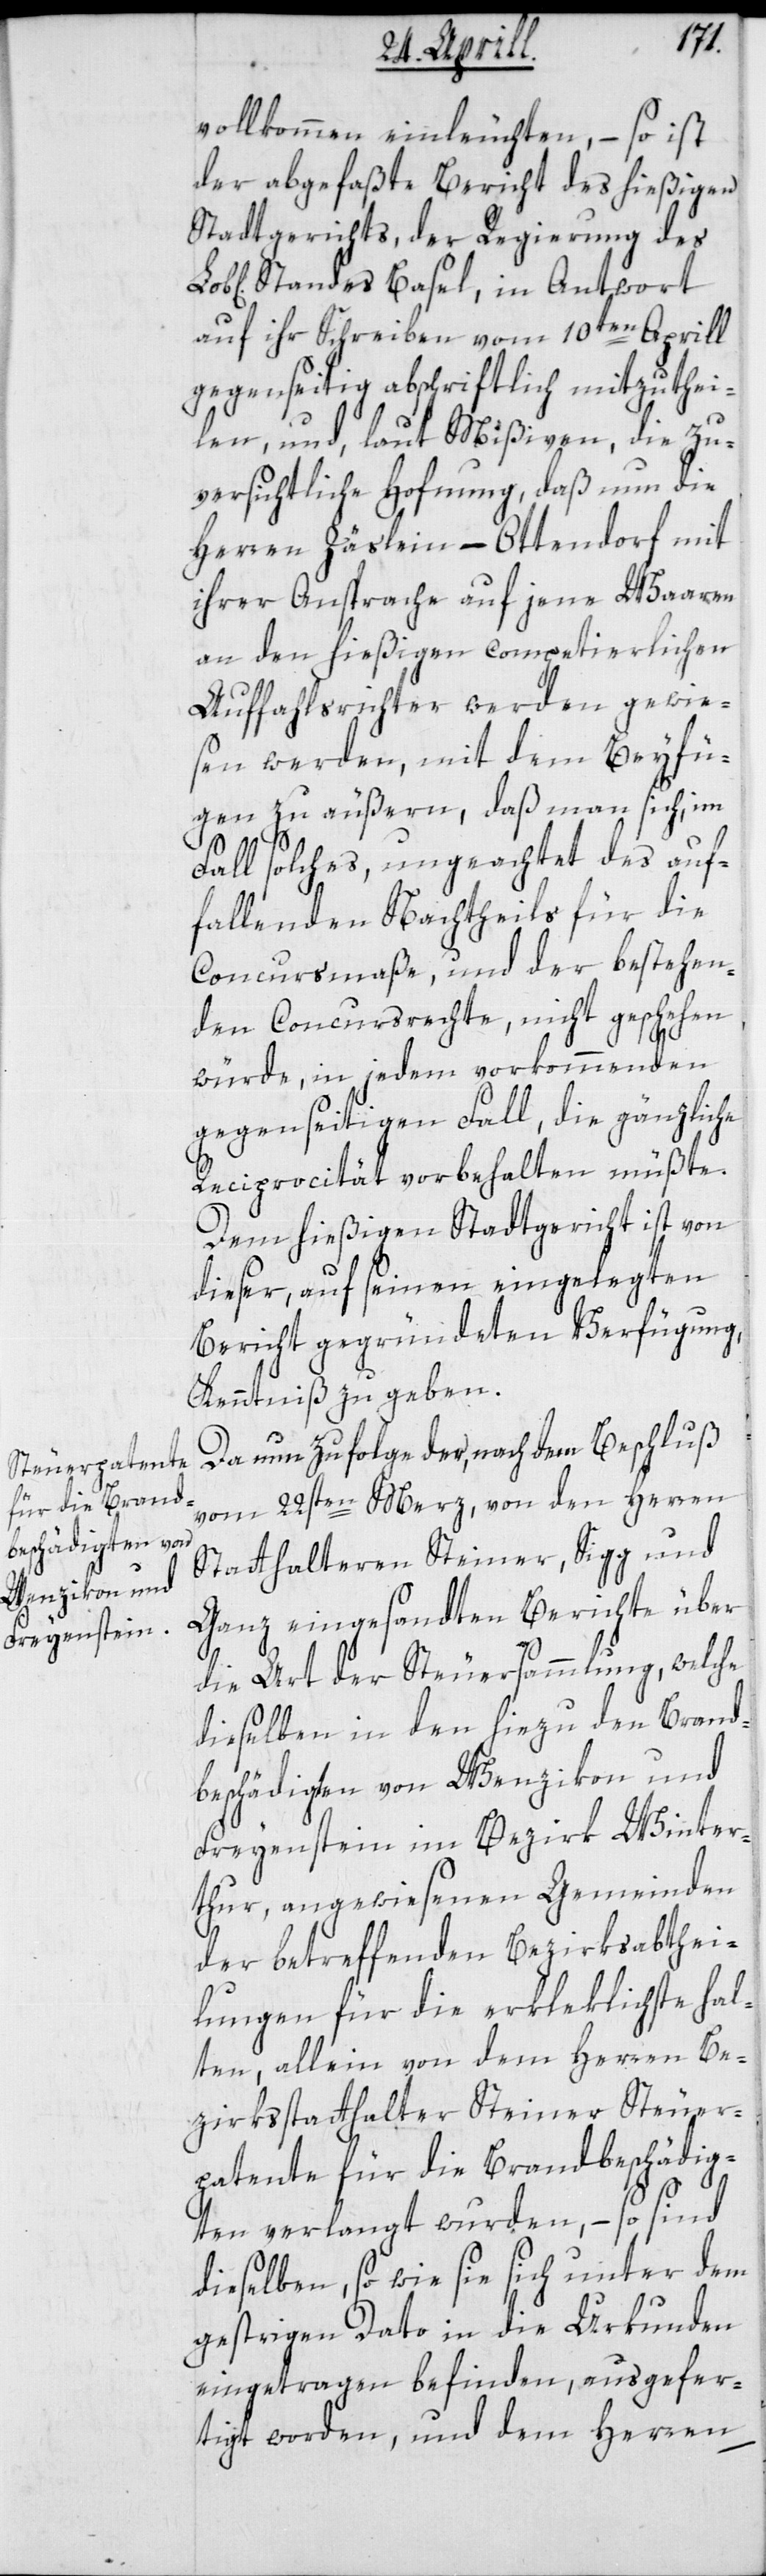
vollkommen einleuchten, – so ist
der abgefaßte Bericht des hießigen
Stadtgerichts, der Regierung des
Standes Basel, in Antwort
auf ihr Schreiben vom 10ten Aprill,
gegenseitig abschriftlich mitzuthei¬
len, und, laut Mißiven, die zu¬
versichtliche Hoffnung, daß nun die
Herren Zäslein-Ottendorf mit
ihrer Ansprache auf jene Waaren
an den hießigen competierlichen
Auffahlsrichter werden gewie¬
sen werden, mit dem Beyfü¬
gen zu äußern, daß man sich im
Fall solches, ungeachtet des auf¬
fallenden Nachtheils für die
Concursmaße, und der bestehen¬
den Concursrechte, nicht geschehen
würde, in jedem vorkommenden
gegenseitigen Fall, die gänzliche
Reciprocität vorbehalten müßte.
Dem hießigen Stadtgericht ist von
dieser, auf seinen eingelegten
Bericht gegründeten Verfügung,
Kenntniß zu geben.
Da nun zufolge der, nach dem Beschluß
vom 22sten Merz, von den Herren
Statthalteren Steiner, Sigg und
Ganz eingesandten Berichte über
die Art der Steuersammlung, welche
dieselben in den hiezu den Brand¬
beschädigten von Wenzikon und
Freyenstein im Bezirk Winter¬
thur, angewiesenen Gemeinden
der betreffenden Bezirksabthei¬
lungen für die erkleklichste hal¬
ten, allein von dem Herren Be¬
zirksstatthalter Steiner Steuer¬
patente für die Brandbeschädig¬
ten verlangt wurden, – so sind
dieselben, so wie sie sich unter dem
gestrigen Dato in die Urkunden
eingetragen befinden, ausgefer¬
tigt worden, und dem Herren